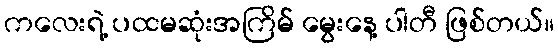
ကလေးရဲ့ ပထမဆုံးအကြိမ် မွေးနေ့ ပါတီ ဖြစ်တယ်။